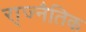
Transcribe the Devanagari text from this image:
रा्ज्नैतिक